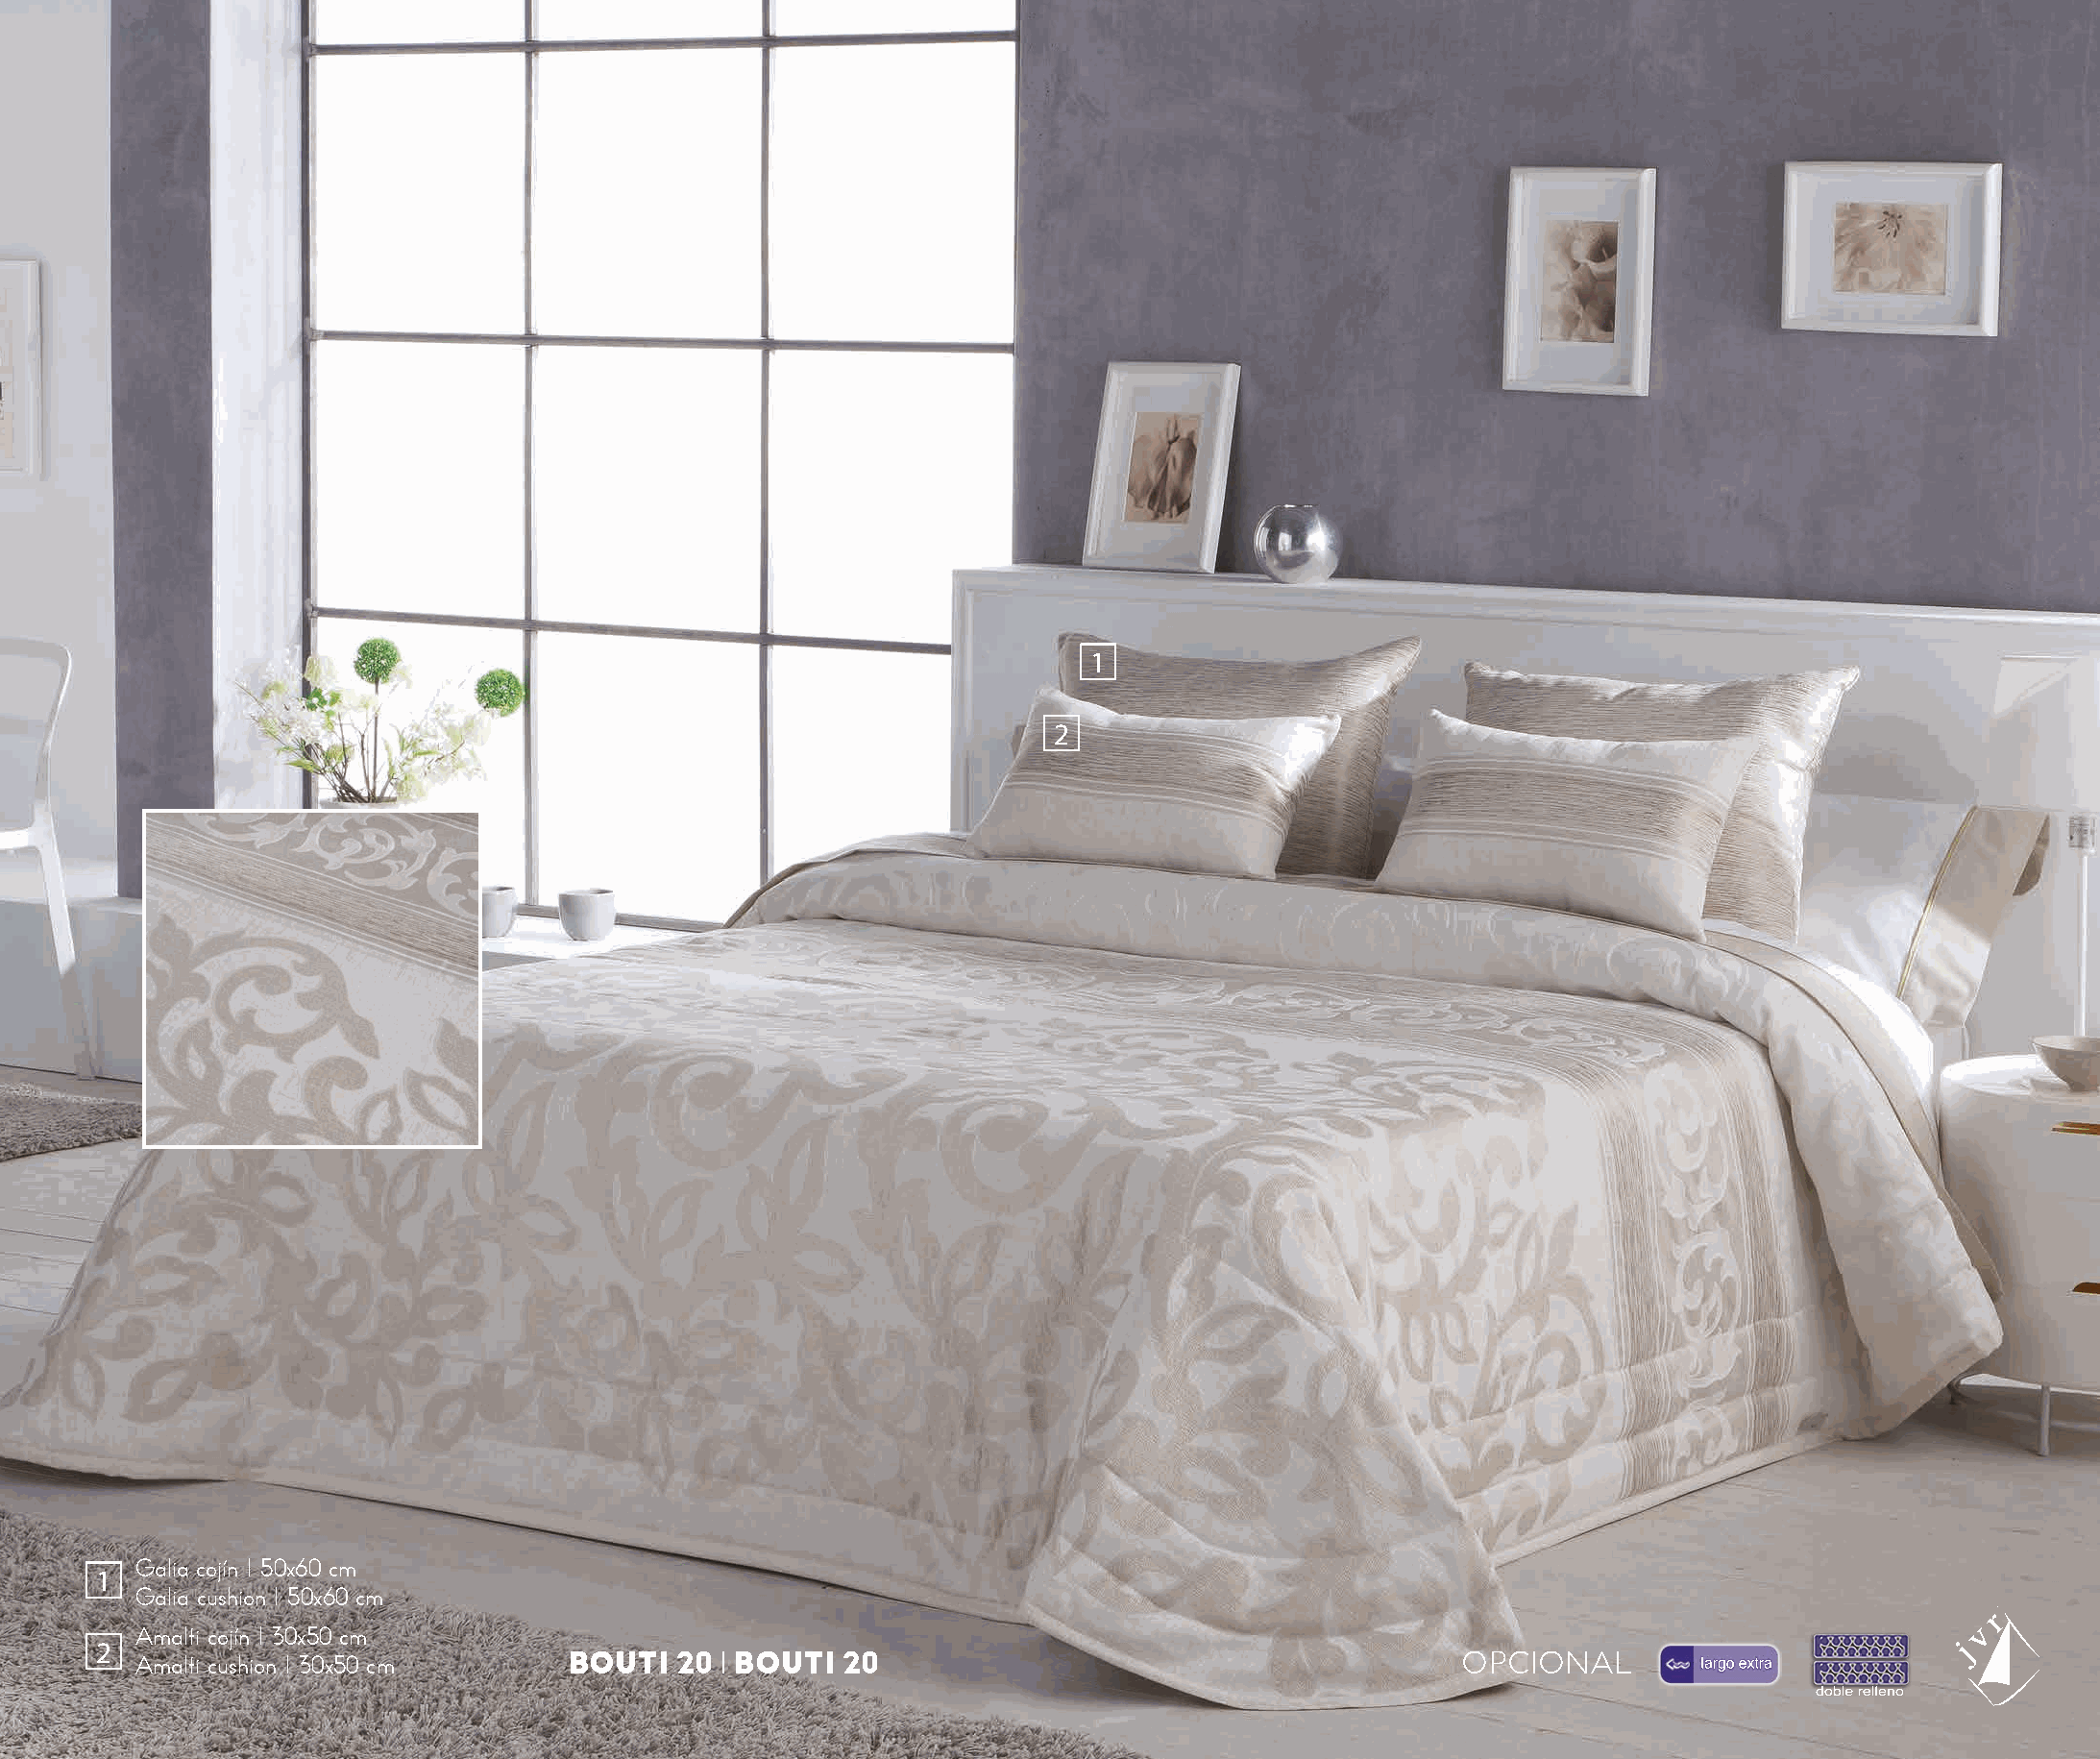
1
 2
 Galia cojín I 50x60 cm
 1
 Galia cushion I 50x60 cm
 Amalfi cojín I 30x50 cm
 2
 Amalfi cushion I 30x50 cm     BOUTI   20 l BOUTI 20                                         OPCIONAL        largo extra
 doble relleno